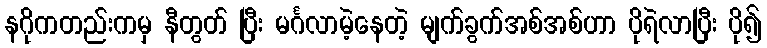
နဂိုကတည်းကမှ နီတွတ် ပြီး မင်္ဂလာမဲ့နေတဲ့ မျက်ခွက်အစ်အစ်ဟာ ပိုရဲလာပြီး ပို၍